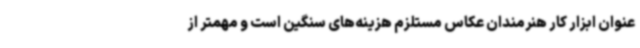
عنوان ابزار کار هنرمندان عکاس مستلزم هزینه‌های سنگین است و مهمتر از